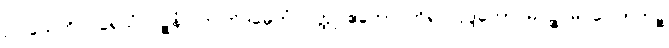
ဥပါယေဟိ ပရေသံ ဝဉ္စနံ။ တတြိဒမေကံ ဝတ္ထု ဧကော ကိရ လုဒ္ဒကော မိဂဉ္စ မိဂပေါတကဉ္စ